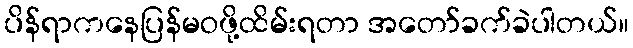
ပိန်ရာကနေပြန်မဝဖို့ထိမ်းရတာ အတော်ခက်ခဲပါတယ်။